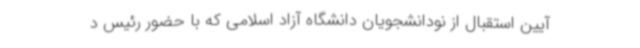
آیین استقبال از نودانشجویان دانشگاه آزاد اسلامی که با حضور رئیس د